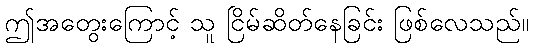
ဤအတွေးကြောင့် သူ ငြိမ်ဆိတ်နေခြင်း ဖြစ်လေသည်။